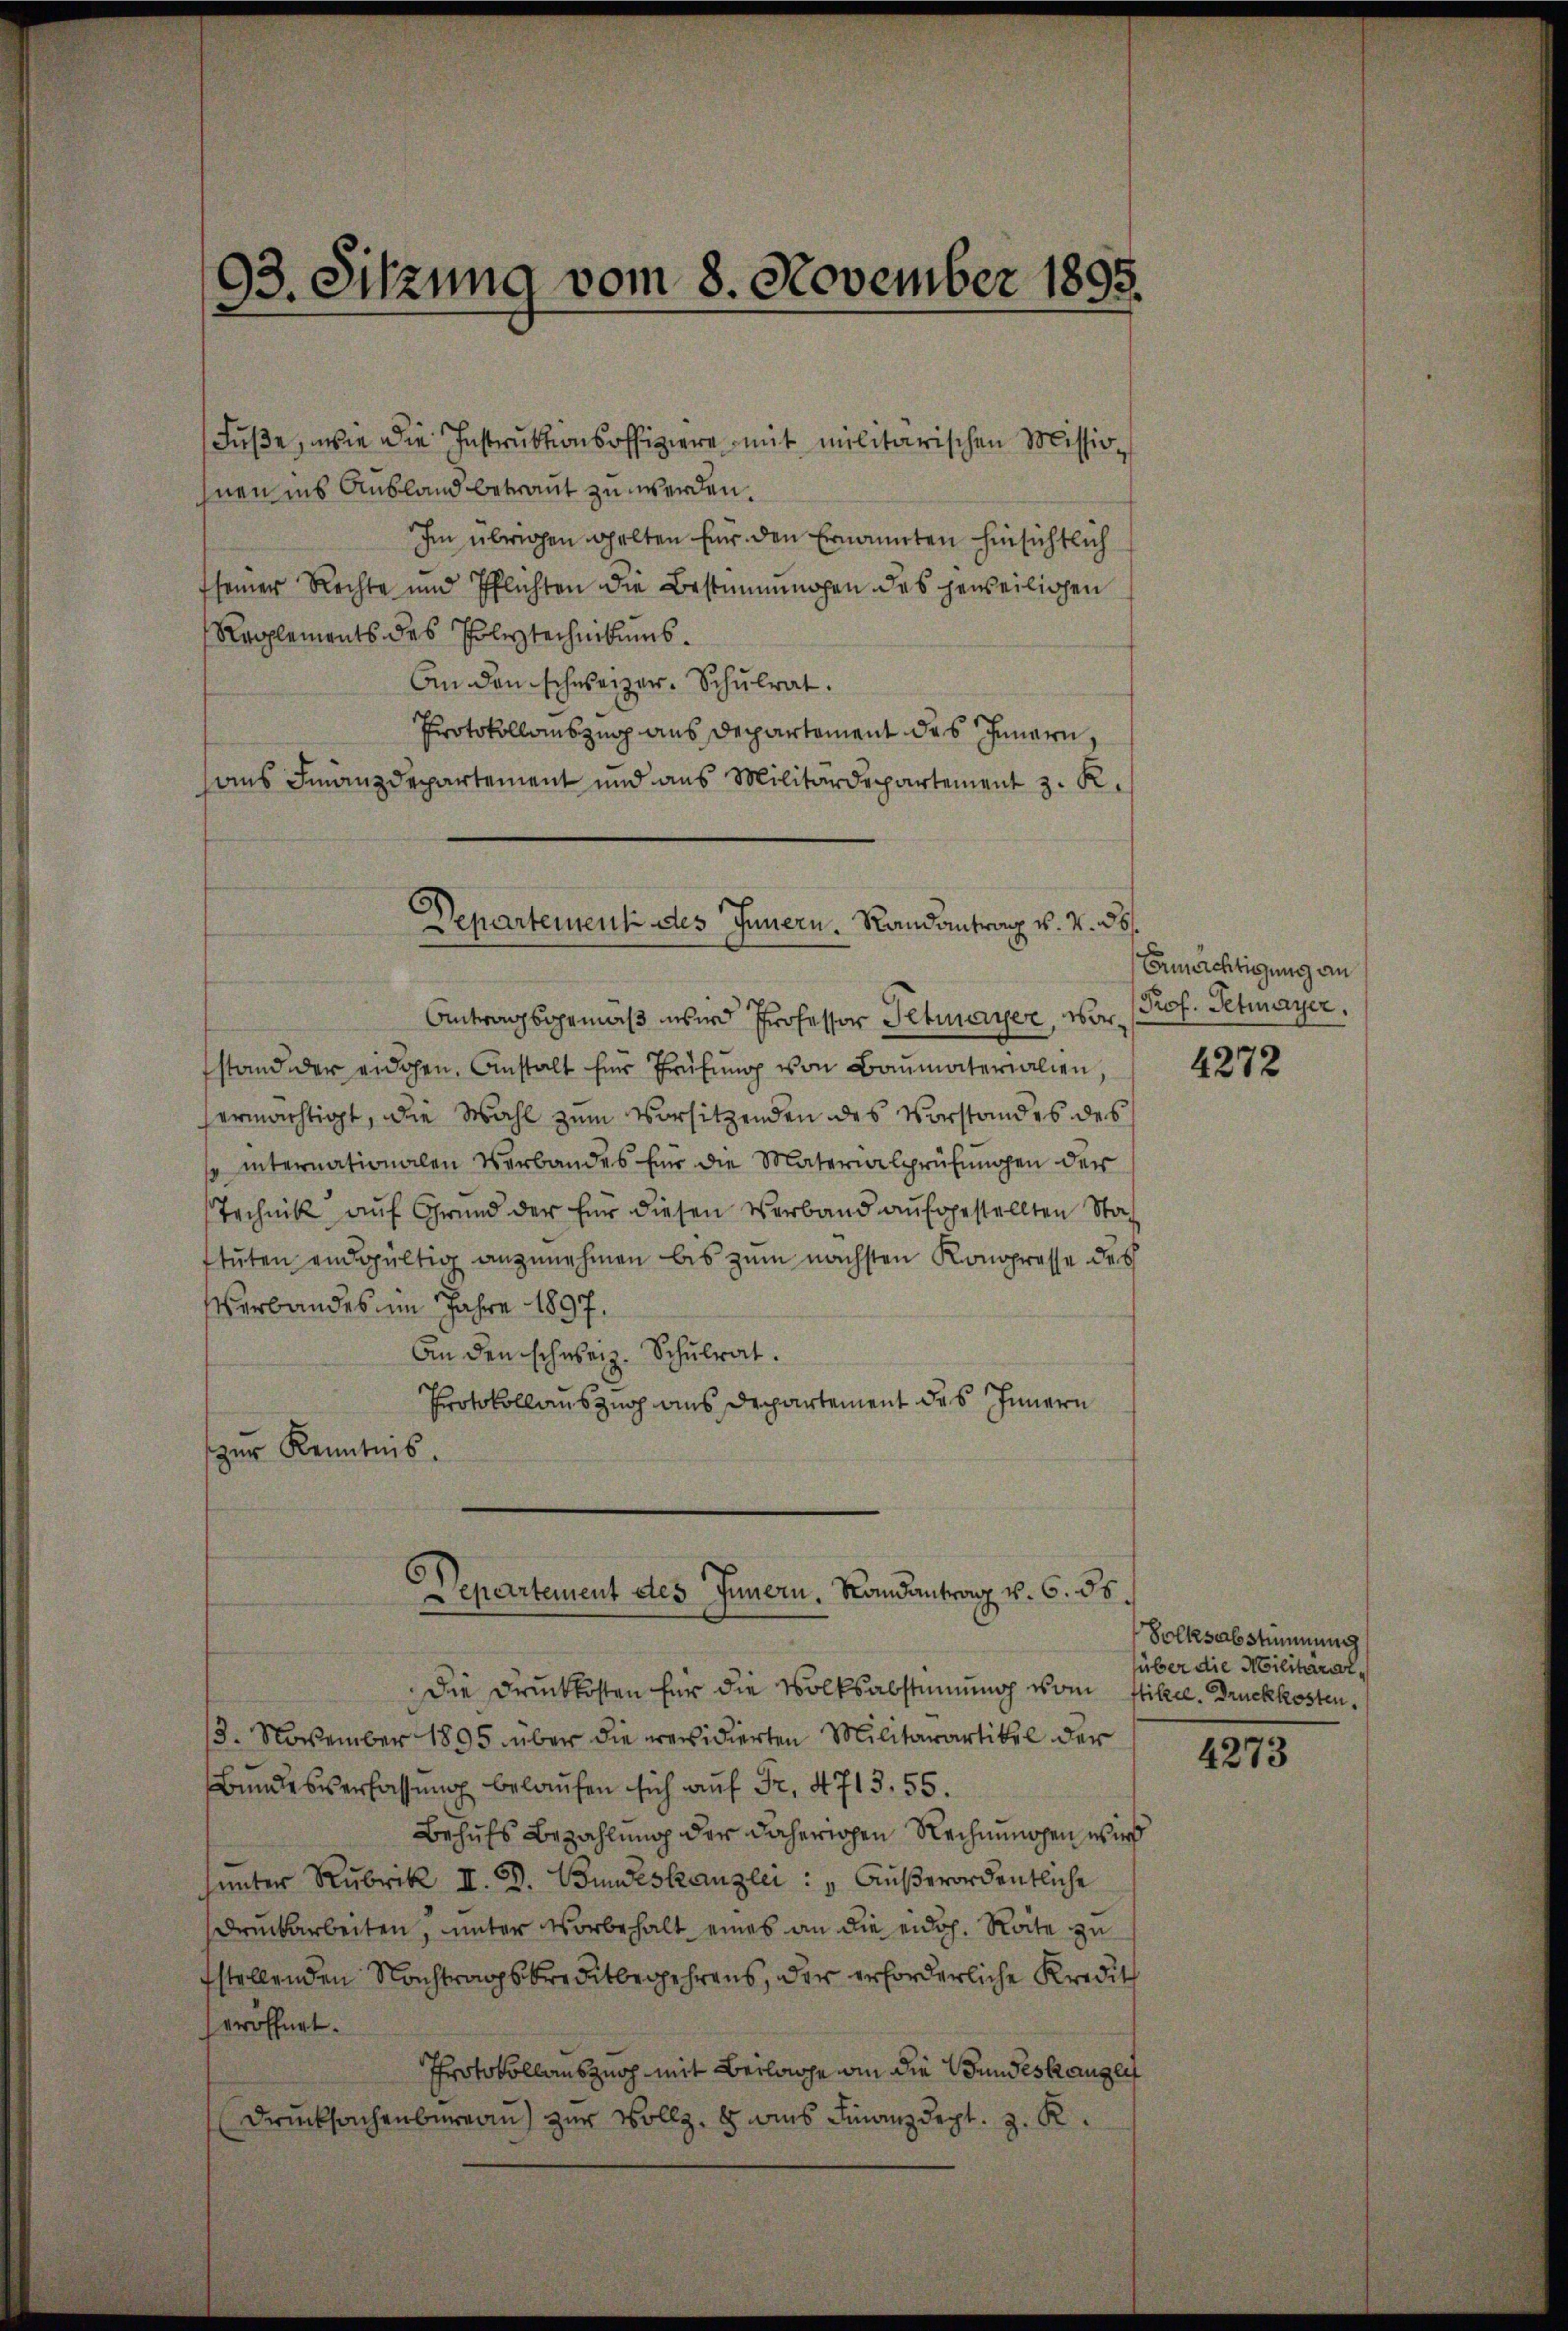
Füße, wie die Instruktionsoffiziere mit militärischen Missio
hnen ins Ausland betraut zu werden.
Im übrigen gelten für den Ernannten hinsichtlich
seiner Rechte und Pflichten die Bestimmungen das jeweiligen
Reglements des Polytechnikums¬
An den schweizer. Schŭlrat.
Protokollauszug aus Departement des Innern,
sans Finanzdepartement und aus Militärdepartement z. K.

93. Sitzung vom 8. November 1895.

.
Departement des Innern. Randantron v. V. 36.
Antragsgemäß wird Professor Petmayer, wor¬

stand der eidgen. Anstalt für Prüfŭng von Baumaterialien,
ermächtigt, die Wahl zum Vorsitzenden des Vorstandes des
/ internationalen Verbandes für die Materialprüfungen der
Technik auf Grund der für diesen Verband aufgestellten Stastuten endgültig anzunehmen bis zum nächsten Kongresse des
Verbandes im Jahre 1897.
An den schweiz. Schulrat.
Protokollauszug aus Departement des Innern
zur Kenntnis.

Departement des Innern, Landantrag v. 6. ds.

Ermächtigung an
Prof. Petmayer.

Die Druckkosten für die Volksabstimmung vom stikel. Druckkosten.
3. November 1895 über die residierten Militarartikel der
Bundesverfassung belaufen sich auf Fr. 4713. 55.
Behufs Bezahlung der daherrohen Rechnungen wird
hunter Rubrik II. D. Bundeskanzlei : „Außerordentliche
druckarbeiten, unter Vorbehalt eines an die eidg. Rate zu
fstellenden Nachtragskreditbegehrens, der erforderliche Kredit
eröffnet.
Protokollauszug mit Beilage in die Bundeskangen
Drucksachenbureau zur Vollz. 8 ans Finanzdept. z. R.

4272

Volksabstimmung
über die Militärar¬

4273